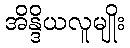
အိန္ဒိယလူမျိုး